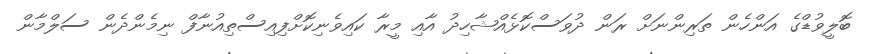
ބޮލީވުޑްގެ އަންހެން ތަރިންނަށް ރަން ދުވަސްކޮޅެއްޝާހިދު އާއި މީރާ ކައިވެނިކޮށްފިއިސްތިއުނާފް ނިމެންދެން ސަލްމާން